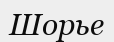
Шорье